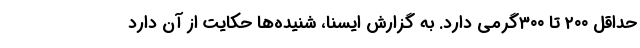
حداقل ۲۰۰ تا ۳۰۰گرمی دارد. به گزارش ایسنا، شنیده‌ها حکایت از آن دارد